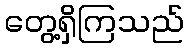
တွေ့ရှိကြသည်